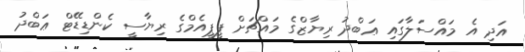
އަދި އެ މައްސަލާގައި ޢަބްދު ރިޔާޒްގެ މައްޗަށް ޕީޕީއެމްގެ ރިޔާސީ ކެންޑިޑޭޓް ޢަބްދު